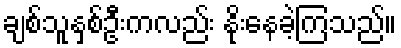
ချစ်သူနှစ်ဦးကလည်း နိုးနေခဲ့ကြသည်။